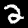
Label: 2